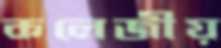
কলেজীয়